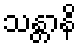
သန္တာနိ